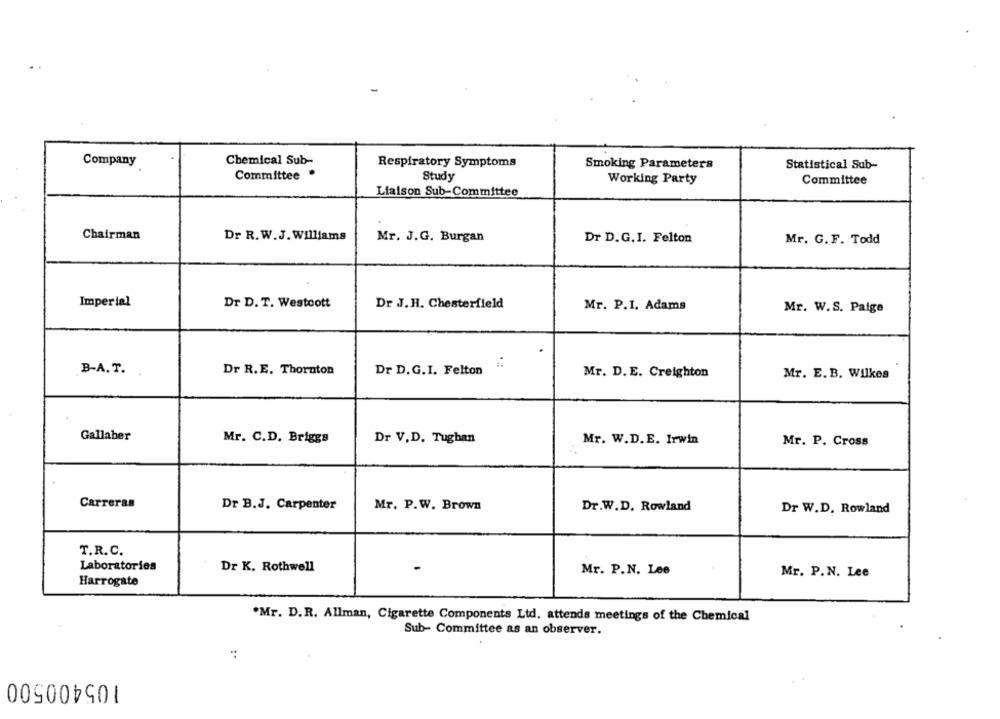
Company
Chemical Sub-
Respiratory Symptoms
Smoking Parameters
Statistical Sub-
Committee .
Study
Working Party
Committee
Liaison Sub-Committee
Chairman
Dr R.W.J. Williams
Mr. J.G. Burgan
Dr D.G.I. Felton
Mr. G.F. Todd
Imperial
Dr D. T. Westcott
Dr J.H. Chesterfield
Mr. P.I. Adams
Mr. W.S. Paige
..
B-A. T.
Dr R.E. Thornton
Dr D.G.I. Felton
Mr. D.E. Creighton
Mr. E.B. Wilkes
Gallaher
Mr. C.D. Briggs
Dr V.D. Tughan
Mr. W.D.E. Irwin
Mr. P. Cross
Carreras
Dr B.J. Carpenter
Mr. P.W. Brown
Dr.W.D. Rowland
Dr W.D. Rowland
T.R.C.
Laboratories
Dr K. Rothwell
Mr. P.N. Lee
Mr. P.N. Lee
Harrogate
*Mr. D.R. Allman, Cigarette Components Ltd. attends meetings of the Chemical
Sub- Committee as an observer.
105400500